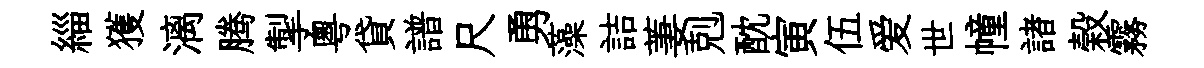
緇獲漓腾掣粵貸譜尺勇藻詰萋剋酖寅伍爱世幢諸榖霧